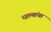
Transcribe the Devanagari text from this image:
धाग्यांचा